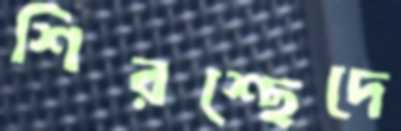
শিরশ্ছেদে